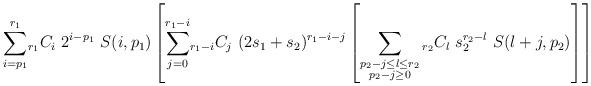
LaTeX: \begin{align*} \underset{ i = p_1}{\overset{r_1}\sum} {_{r_1}}C_{i} \ 2^{i - p_1} \ S(i, p_1) \left[ \underset{ j = 0}{\overset{r_1 - i}\sum} {_{r_1 - i}}C_j \ (2s_1 + s_2)^{r_1-i-j} \left[ \sum_{\substack{p_2 - j \leq l \leq r_2\\p_2-j \geq 0}} {_{r_2}}C_l \ s_2^{r_2 - l} \ S(l+j, p_2) \right] \right]\end{align*}